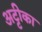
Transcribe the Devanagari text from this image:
अट्टीका